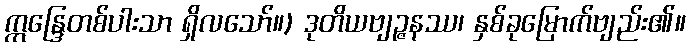
ဣန္ဒြေတစ်ပါးသာ ရှိလသော်။) ဒုတိယဗျဉ္ဇနဿ၊ နှစ်ခုမြောက်ဗျည်း၏။